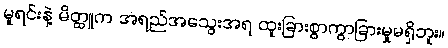
မူရင်းနဲ့ မိတ္ထူက အရည်အသွေးအရ ထူးခြားစွာကွာခြားမှုမရှိဘူး။